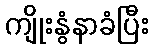
ကျိုးနွံနာခံပြီး